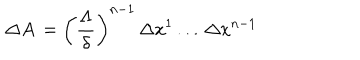
LaTeX: \, \Delta A \, = \left( \frac { \Lambda } { \delta } \right) ^ { n - 1 } \, \Delta x ^ { 1 } \, . . . \, \Delta x ^ { n - 1 } \,